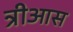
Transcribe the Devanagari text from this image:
त्रीआस